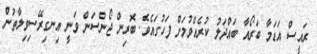
ރައީސް އަޑަމާ ބަރޯއާ ބައްދަލު ކުރެއްވުމަށް ފަހުގައެވެ. ބޮރިން ޖޯންސަން ވަނީ އިނގިރޭސިވިލާތުން